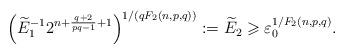
LaTeX: \begin{align*}\left(\widetilde{E}_1^{-1}2^{n+\frac{q+2}{pq-1}+1}\right)^{1/(qF_2(n,p,q))}:= \widetilde{E}_2\geqslant \varepsilon_0^{1/F_2(n,p,q)}.\end{align*}